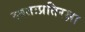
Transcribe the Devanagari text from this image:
स्वतःप्रतिरक्षा